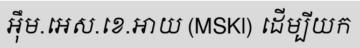
អ៊ឹម.អេស.ខេ.អាយ (MSKl) ដើម្បីយក